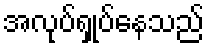
အလုပ်ရှုပ်နေသည်